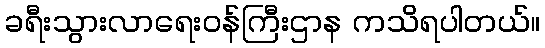
ခရီးသွားလာရေးဝန်ကြီးဌာန ကသိရပါတယ်။